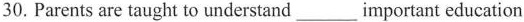
30.Parents are taught to understand___important education